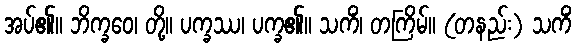
အပ်၏။ ဘိက္ခဝေ၊ တို့။ ပက္ခဿ၊ ပက္ခ၏။ သကိံ၊ တကြိမ်။ (တနည်း) သကိံ